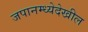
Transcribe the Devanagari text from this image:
जपानम्ध्येदेखील